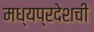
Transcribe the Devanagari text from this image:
मध्यप्रदेशची